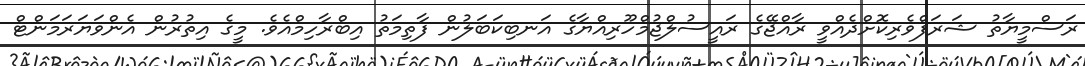
ރަސްމީޔާތު ޝަރަފްވެރިކޮށްދެއްވީ ރާއްޖޭގެ ރައީސުލްޖުމްހޫރިއްޔާގެ އަނބިކަބަލުން ފާތިމަތު އިބްރާހިމްއެވެ. މީގެ އިތުރުން އެންވަޔަރަމަންޓް